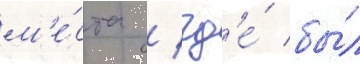
м'е́ста / гд'е́ бы́л